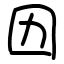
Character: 㘞